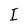
Character: I